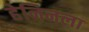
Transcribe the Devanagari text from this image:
हेनिनला